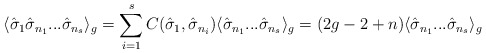
\begin{align*}\langle {\hat \sigma}_1 {\hat \sigma}_{n_1}...{\hat\sigma}_{n_s} \rangle_g = \sum_{i=1}^{s} C({\hat \sigma}_1,{\hat \sigma}_{n_i}) \langle {\hat \sigma}_{n_1}... {\hat\sigma}_{n_s} \rangle_g = (2g-2+n) \langle {\hat \sigma}_{n_1}...{\hat \sigma}_{n_s} \rangle_g\end{align*}